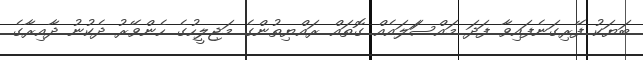
ބަޔަކު ފޭރިގަނެފައިވާ ފަދަ މައްސަަލައެއް ގޮތައް ރައްޔިތުންގެ މަޖިލީހުގެ ހެންވޭރު ދެކުނު ދާއިރާގެ